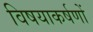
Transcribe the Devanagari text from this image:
विषयाकर्षणों